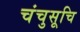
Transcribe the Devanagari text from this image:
चंचुसूचि